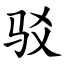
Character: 驳